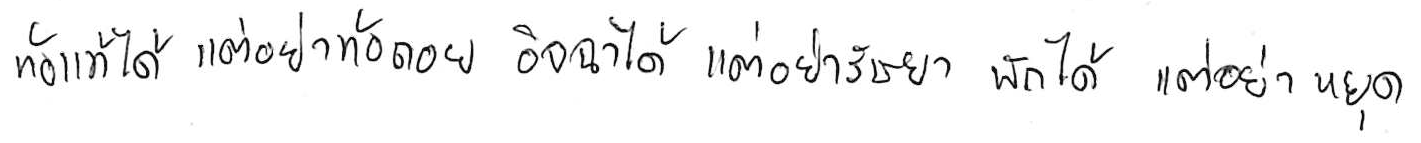
ท้อแท้ได้ แต่อย่าท้อถอย อิจฉาได้ แต่อย่าริษยา พักได้ แต่อย่าหยุด